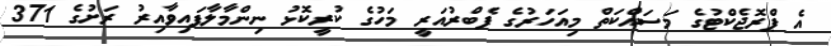
އެ ޕްރޮޖެކްޓުގެ މަސައްކަތް މިއަހަރުގެ ފެބްރުއަރީ މަހުގެ ކުރީކޮޅު ނިންމާލާފައިވާއިރު ރަށުގެ 371